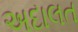
અદાલત